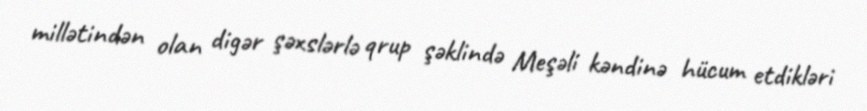
millətindən olan digər şəxslərlə qrup şəklində Meşəli kəndinə hücum etdikləri